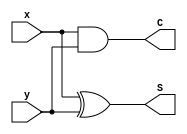
// Code your design here

module halfadder(S, C, x, y);
  input x, y;
  output S, C;

  xor U1(S, x, y);
  and U2(C, x, y);
endmodule
  
  
module fulladder (S, C, x, y, cin);
  input x,y,cin;
  output S, C;

  wire S1, D1, D2;

  halfadder HA1 (S1, D1, x, y); 
  halfadder HA2 (S, D2, S1, cin);
  or U3(C, D1, D2);
 
endmodule

module four_bit_adder(S, C4, A, B, Cin);
	input [3:0] A, B; //4 bits 0 to 3- the order matters
	input Cin;
	output [3:0] S; // sum 4 bits
	output C4; // one bit
	wire C1, C2, C3; // carryout wires
 	fulladder FA1 (S[0], C1, A[0], B[0], Cin); // first full adder
	fulladder FA2 (S[1], C2, A[1], B[1], C1);
	fulladder FA3 (S[2], C3, A[2], B[2], C2);
    fulladder FA4 (S[3], C4 , A[3], B[3], C3);
endmodule

module adder_subtractor(S, C, A, B, M);
	input [3:0] A,B;
	input M; //addition or subtraction
	output [3:0] S; // sum
	output C;
	
	// must give a name to wires coming out of U1 to U4
	wire [3:0] D; // 4 wires that range from D0 to D3
	
	xor U1(D[0], B[0], M);
	xor U2(D[1], B[1], M);
	xor U3(D[2], B[2], M);
	xor U4(D[3], B[3], M);
	
	// D is the input for the B as its the wire thats connected to adder
  four_bit_adder U5(S, C, A, D , M); 
endmodule